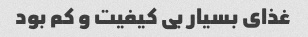
غذای بسیار بی کیفیت و کم بود